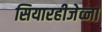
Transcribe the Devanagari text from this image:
सियारहीजेव्ना